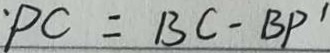
P C = B C - B P ^ { \prime }